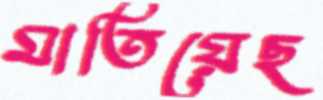
মাতিয়েছ